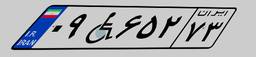
۰۹W۶۵۲۷۳